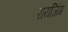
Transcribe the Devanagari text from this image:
रायजिंग